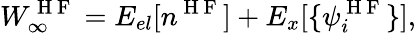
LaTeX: W_{\infty}^{\mathrm{~H~F~}}=E_{el}[n^{\mathrm{~H~F~}}]+E_{x}[\{ \psi_{i}^{\mathrm{~H~F~}}\} ],